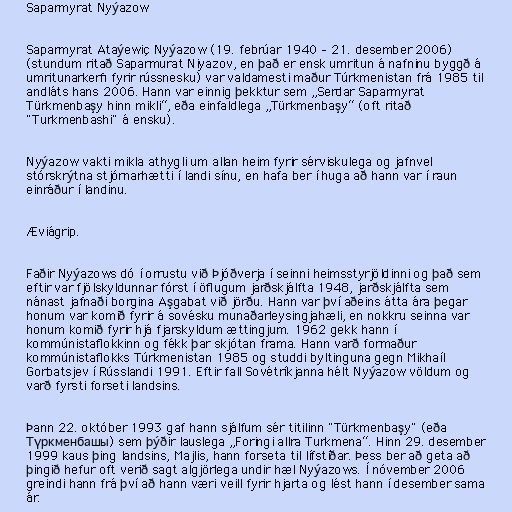
Saparmyrat Nyýazow

Saparmyrat Ataýewiç Nyýazow (19. febrúar 1940 – 21. desember 2006)
(stundum ritað Saparmurat Niyazov, en það er ensk umritun á nafninu byggð á
umritunarkerfi fyrir rússnesku) var valdamesti maður Túrkmenistan frá 1985 til
andláts hans 2006. Hann var einnig þekktur sem „Serdar Saparmyrat
Türkmenbaşy hinn mikli“, eða einfaldlega „Türkmenbaşy“ (oft ritað
"Turkmenbashi" á ensku).

Nyýazow vakti mikla athygli um allan heim fyrir sérviskulega og jafnvel
stórskrýtna stjórnarhætti í landi sínu, en hafa ber í huga að hann var í raun
einráður í landinu.

Æviágrip.

Faðir Nyýazows dó í orrustu við Þjóðverja í seinni heimsstyrjöldinni og það sem
eftir var fjölskyldunnar fórst í öflugum jarðskjálfta 1948, jarðskjálfta sem
nánast jafnaði borgina Aşgabat við jörðu. Hann var því aðeins átta ára þegar
honum var komið fyrir á sovésku munaðarleysingjahæli, en nokkru seinna var
honum komið fyrir hjá fjarskyldum ættingjum. 1962 gekk hann í
kommúnistaflokkinn og fékk þar skjótan frama. Hann varð formaður
kommúnistaflokks Túrkmenistan 1985 og studdi byltinguna gegn Mikhaíl
Gorbatsjev í Rússlandi 1991. Eftir fall Sovétríkjanna hélt Nyýazow völdum og
varð fyrsti forseti landsins.

Þann 22. október 1993 gaf hann sjálfum sér titilinn "Türkmenbaşy" (eða
Түркменбашы) sem þýðir lauslega „Foringi allra Turkmena“. Hinn 29. desember
1999 kaus þing landsins, Majlis, hann forseta til lífstíðar. Þess ber að geta að
þingið hefur oft verið sagt algjörlega undir hæl Nyýazows. Í nóvember 2006
greindi hann frá því að hann væri veill fyrir hjarta og lést hann í desember sama
ár.